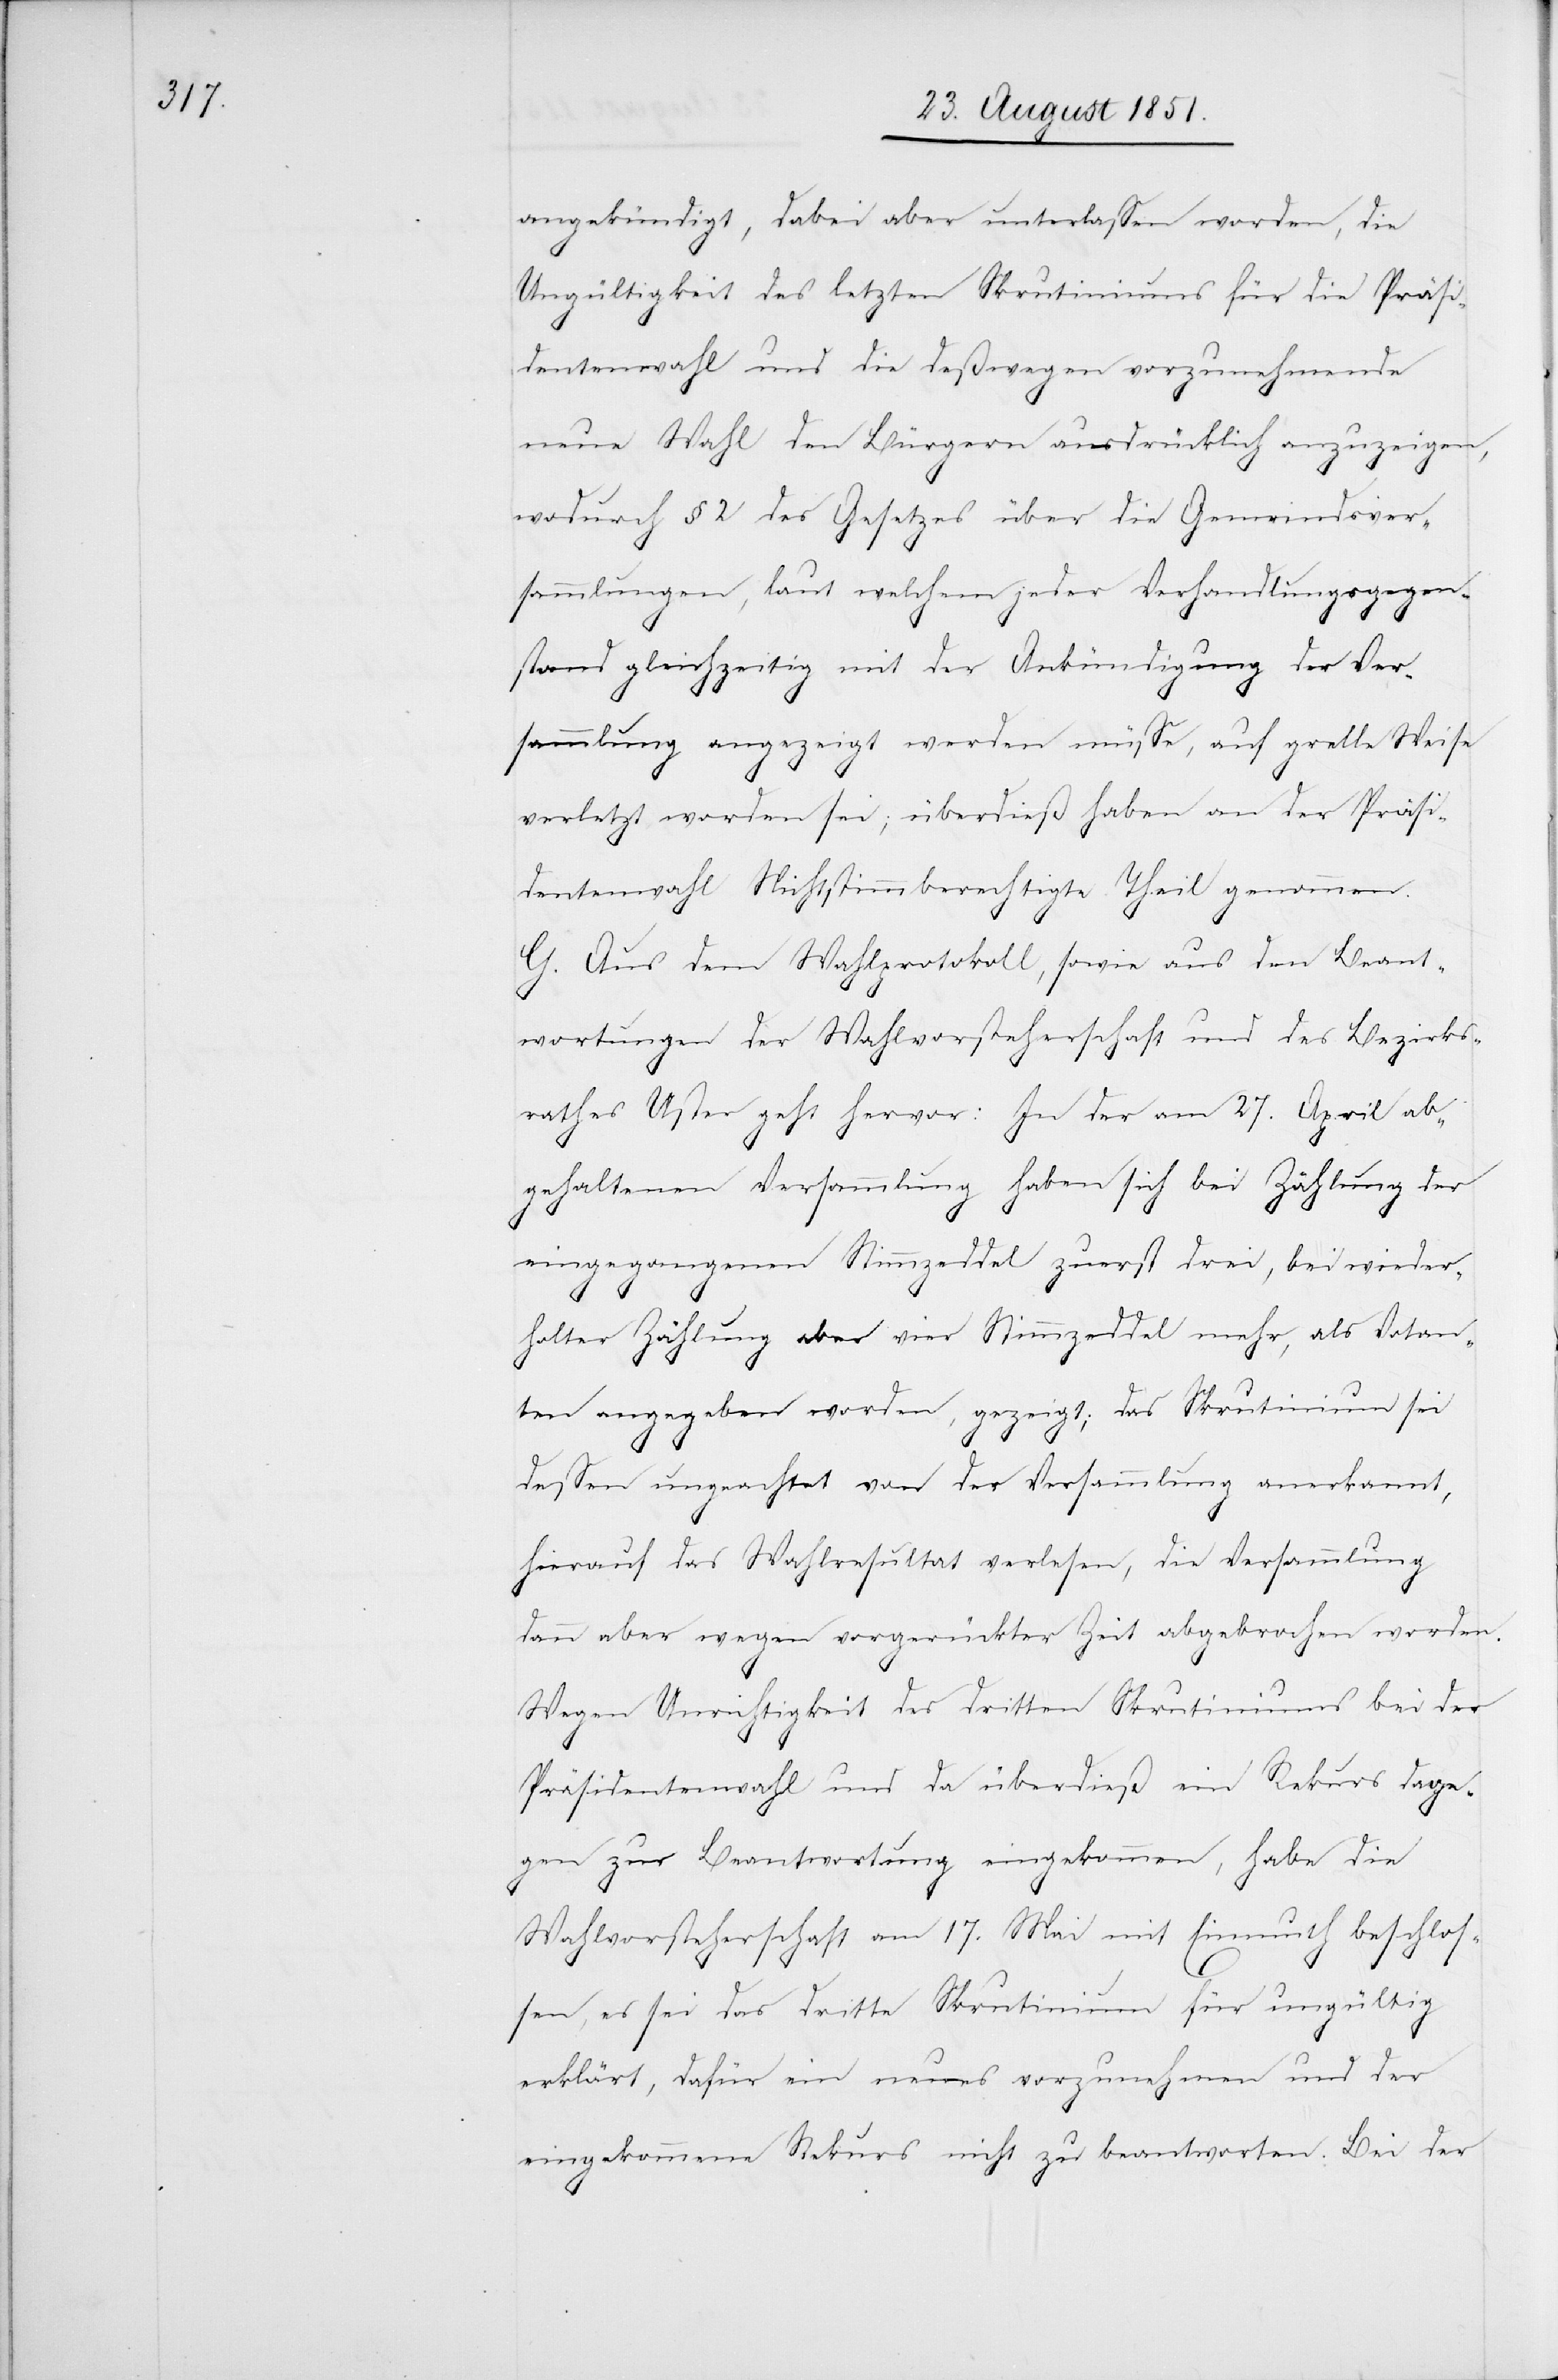
angekündigt, dabei aber unterlassen worden, die
Ungültigkeit des letzten Skrutiniums für die Präsi¬
dentenwahl und die deßwegen vorzunehmende
neue Wahl den Bürgern ausdrücklich anzuzeigen,
wodurch § 2 des Gesetzes über die Gemeindsver¬
sammlungen, laut welchem jeder Verhandlungsgegen¬
stand gleichzeitig mit der Ankündigung der Ver¬
sammlung angezeigt werden müsse, auf grelle Weise
verletzt worden sei; überdieß haben an der Präsi¬
dentenwahl Nichtstimmberechtigte Theil genommen.
G. Aus dem Wahlprotokoll, sowie aus den Beant¬
wortungen der Wahlvorsteherschaft und des Bezirks¬
rathes Uster geht hervor: In der am 27. April ab¬
gehaltenen Versammlung haben sich bei Zählung der
eingegangenen Stimmzeddel zuerst drei, bei wieder¬
holter Zählung aber vier Stimmzeddel mehr, als Votan¬
ten angegeben worden, gezeigt; das Skrutinium sei
dessen ungeachtet von der Versammlung anerkannt,
hierauf das Wahlresultat verlesen, die Versammlung
dann aber wegen vorgerückter Zeit abgebrochen worden.
Wegen Unrichtigkeit des dritten Skrutiniums bei der
Präsidentenwahl und da überdieß ein Rekurs dage¬
gen zur Beantwortung eingekommen, habe die
Wahlvorsteherschaft am 17. Mai mit Einmuth beschlos¬
sen, es sei das dritte Skrutinium für ungültig
erklärt, dafür ein neues vorzunehmen und der
eingekommene Rekurs nicht zu beantworten. Bei der